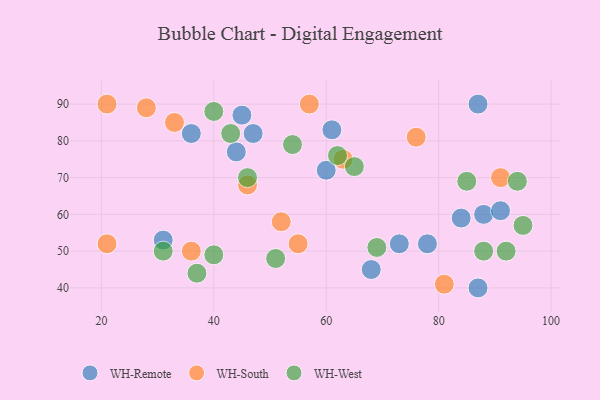
{"axis": {"x": "GDP", "y": "Life Expectancy"}, "legend": ["WH-Remote", "WH-South", "WH-West"], "data": [{"x": "78", "y": 52, "type": "WH-Remote"}, {"x": "47", "y": 82, "type": "WH-Remote"}, {"x": "45", "y": 87, "type": "WH-Remote"}, {"x": "60", "y": 72, "type": "WH-Remote"}, {"x": "84", "y": 59, "type": "WH-Remote"}, {"x": "61", "y": 83, "type": "WH-Remote"}, {"x": "87", "y": 40, "type": "WH-Remote"}, {"x": "44", "y": 77, "type": "WH-Remote"}, {"x": "68", "y": 45, "type": "WH-Remote"}, {"x": "88", "y": 60, "type": "WH-Remote"}, {"x": "36", "y": 82, "type": "WH-Remote"}, {"x": "91", "y": 61, "type": "WH-Remote"}, {"x": "73", "y": 52, "type": "WH-Remote"}, {"x": "87", "y": 90, "type": "WH-Remote"}, {"x": "31", "y": 53, "type": "WH-Remote"}, {"x": "46", "y": 68, "type": "WH-South"}, {"x": "76", "y": 81, "type": "WH-South"}, {"x": "55", "y": 52, "type": "WH-South"}, {"x": "52", "y": 58, "type": "WH-South"}, {"x": "21", "y": 90, "type": "WH-South"}, {"x": "63", "y": 75, "type": "WH-South"}, {"x": "36", "y": 50, "type": "WH-South"}, {"x": "91", "y": 70, "type": "WH-South"}, {"x": "57", "y": 90, "type": "WH-South"}, {"x": "33", "y": 85, "type": "WH-South"}, {"x": "81", "y": 41, "type": "WH-South"}, {"x": "28", "y": 89, "type": "WH-South"}, {"x": "21", "y": 52, "type": "WH-South"}, {"x": "31", "y": 50, "type": "WH-West"}, {"x": "65", "y": 73, "type": "WH-West"}, {"x": "62", "y": 76, "type": "WH-West"}, {"x": "43", "y": 82, "type": "WH-West"}, {"x": "95", "y": 57, "type": "WH-West"}, {"x": "94", "y": 69, "type": "WH-West"}, {"x": "69", "y": 51, "type": "WH-West"}, {"x": "88", "y": 50, "type": "WH-West"}, {"x": "51", "y": 48, "type": "WH-West"}, {"x": "46", "y": 70, "type": "WH-West"}, {"x": "92", "y": 50, "type": "WH-West"}, {"x": "40", "y": 49, "type": "WH-West"}, {"x": "40", "y": 88, "type": "WH-West"}, {"x": "54", "y": 79, "type": "WH-West"}, {"x": "37", "y": 44, "type": "WH-West"}, {"x": "85", "y": 69, "type": "WH-West"}]}